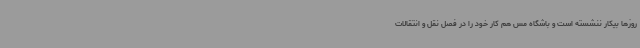
روزها بیکار ننشسته است و باشگاه مس هم کار خود را در فصل نقل و انتقالات